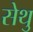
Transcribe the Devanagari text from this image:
सेथु